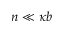
n \ll \kappa b